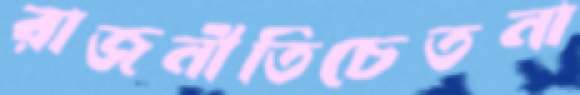
রাজনীতিচেতনা